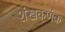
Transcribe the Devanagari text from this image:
शंखकर्णक